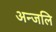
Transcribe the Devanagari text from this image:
अन्जलि